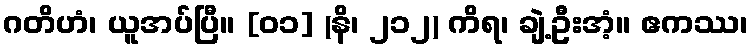
ဂတိဟံ၊ ယူအပ်ပြီ။ [၀၁] (နိ၊ ၂၁၂) ကိရ၊ ချဲ့ဦးအံ့။ ဧကဿ၊